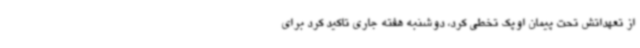
از تعهداتش تحت پیمان اوپک تخطی کرد، دوشنبه هفته جاری تاکید کرد برای